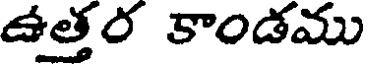
ఉత్తర కాండము